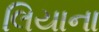
લિયાના